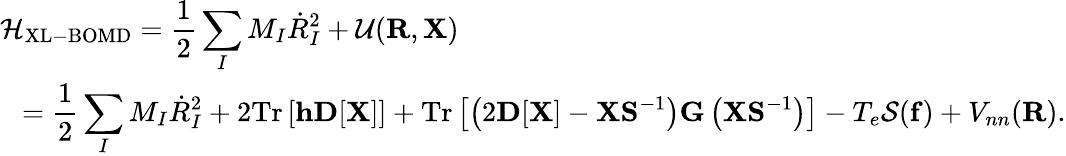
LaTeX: \begin{array}{l}{{\displaystyle{\cal H}_{\mathrm{XL-BOMD}}=\frac{1}{2}\sum_{I}M_{I}{\dot{R}}_{I}^{2}+{\cal U}({\mathbf R},{\mathbf X})}\ ~}\\ {{\displaystyle~~=\frac{1}{2}\sum_{I}M_{I}{\dot{R}}_{I}^{2}+2\mathrm{Tr}\left[{\mathbf h}{\mathbf D}[{\mathbf X}]\right]+\mathrm{Tr}\left[\left(2{\mathbf D}[{\mathbf X}]-{\mathbf X}{\mathbf S}^{-1}\right){\mathbf G}\left({\mathbf X}{\mathbf S}^{-1}\right)\right]-T_{e}{\cal S}({\mathbf f})+V_{nn}({\mathbf R})}.}\end{array}